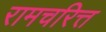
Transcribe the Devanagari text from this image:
रामचरित्त